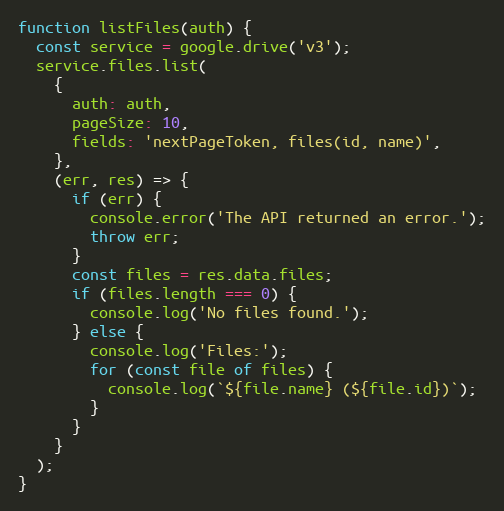
Language: JavaScript
function listFiles(auth) {
  const service = google.drive('v3');
  service.files.list(
    {
      auth: auth,
      pageSize: 10,
      fields: 'nextPageToken, files(id, name)',
    },
    (err, res) => {
      if (err) {
        console.error('The API returned an error.');
        throw err;
      }
      const files = res.data.files;
      if (files.length === 0) {
        console.log('No files found.');
      } else {
        console.log('Files:');
        for (const file of files) {
          console.log(`${file.name} (${file.id})`);
        }
      }
    }
  );
}